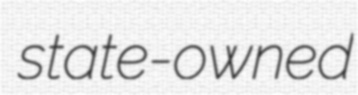
state-owned